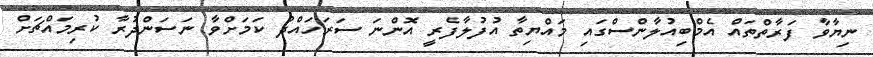
ނިޔާވާ ފަރާތްތައް އެމްބިއުލާންސްގައި މައްޔިތާ އުފުލާފެރީ އޮންނަ ސަރަހައްދު ކަމަށްވާ ނަސަންދުރާ ކުރިމައްޗަށް